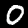
Label: 0